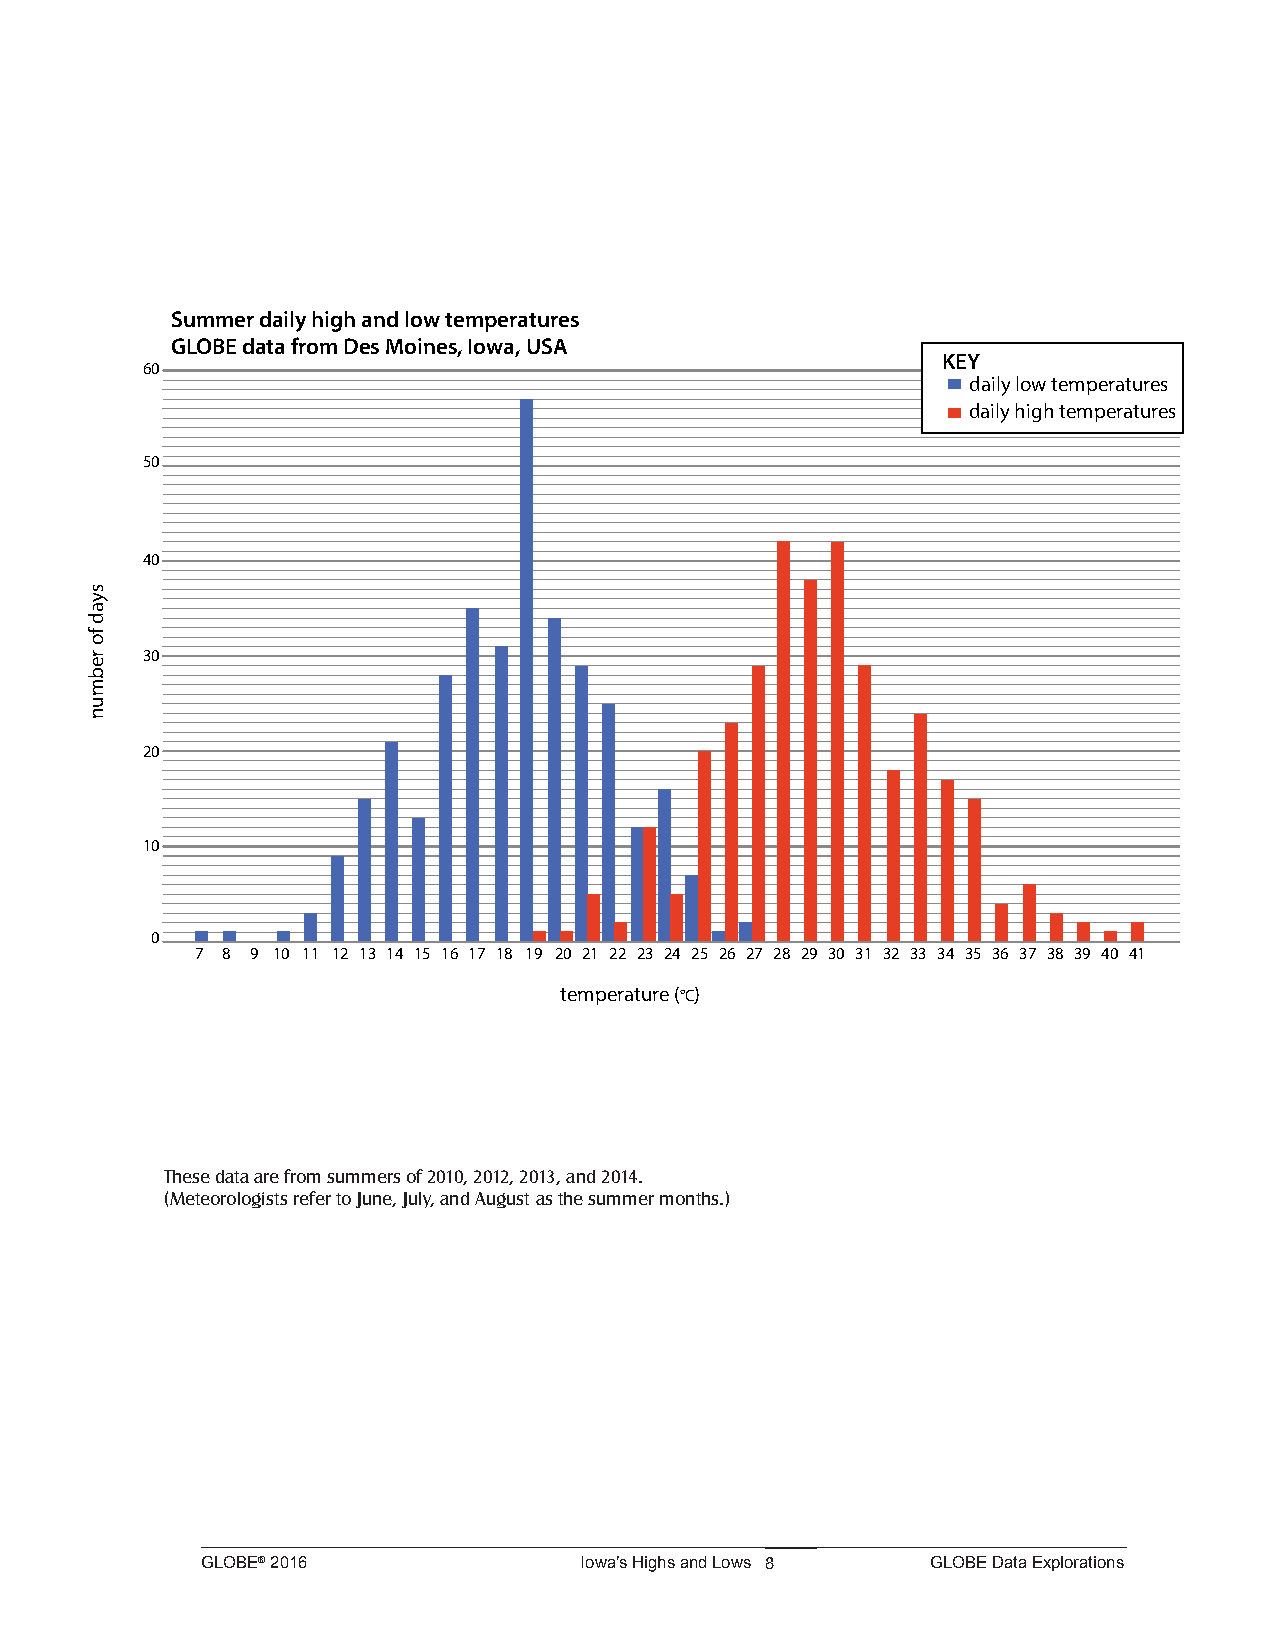
Summer daily high and low temperatures
 GLOBE data from Des Moines, Iowa, USA
 KEY
 60
 daily low temperatures
 daily high temperatures
 50
 40
 30
 20
 10
 0
 7 8 9 10 11 12 13 14 15 16 17 18 19 20 21 22 23 24 25 26 27 28 29 30 31 32 33 34 35 36 37 38 39 40 41
 temperature (°C)
 These data are from summers of 2010, 2012, 2013, and 2014.
 (Meteorologists refer to June, July, and August as the summer months.)
 GLOBE® 2016              Iowa’s Highs and Lows 8 GLOBE Data Explorations
 syad
 fo
 rebmun